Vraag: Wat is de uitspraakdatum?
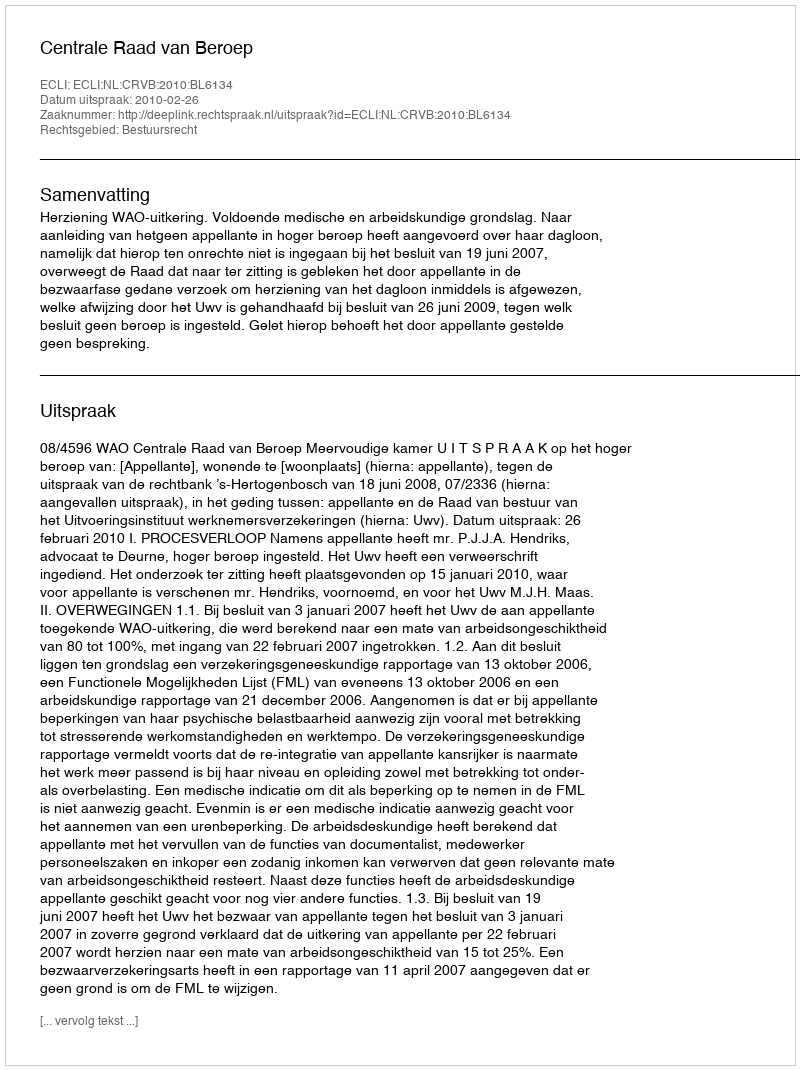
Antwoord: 2010-02-26